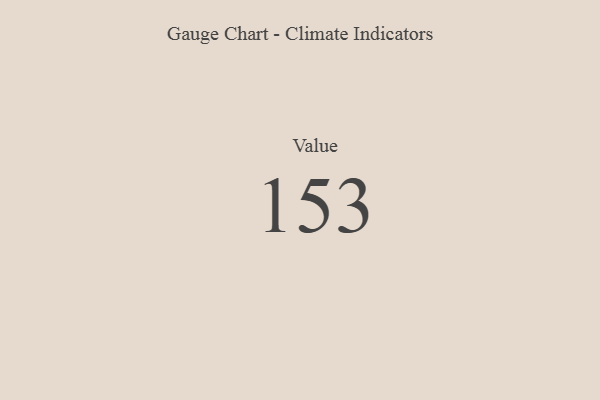
{"axis": {"x": "Metric", "y": "Value"}, "legend": [""], "data": [{"x": "Value", "y": 153, "type": ""}]}